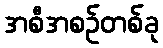
အစီအစဉ်တစ်ခု